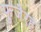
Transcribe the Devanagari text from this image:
फुजैरह